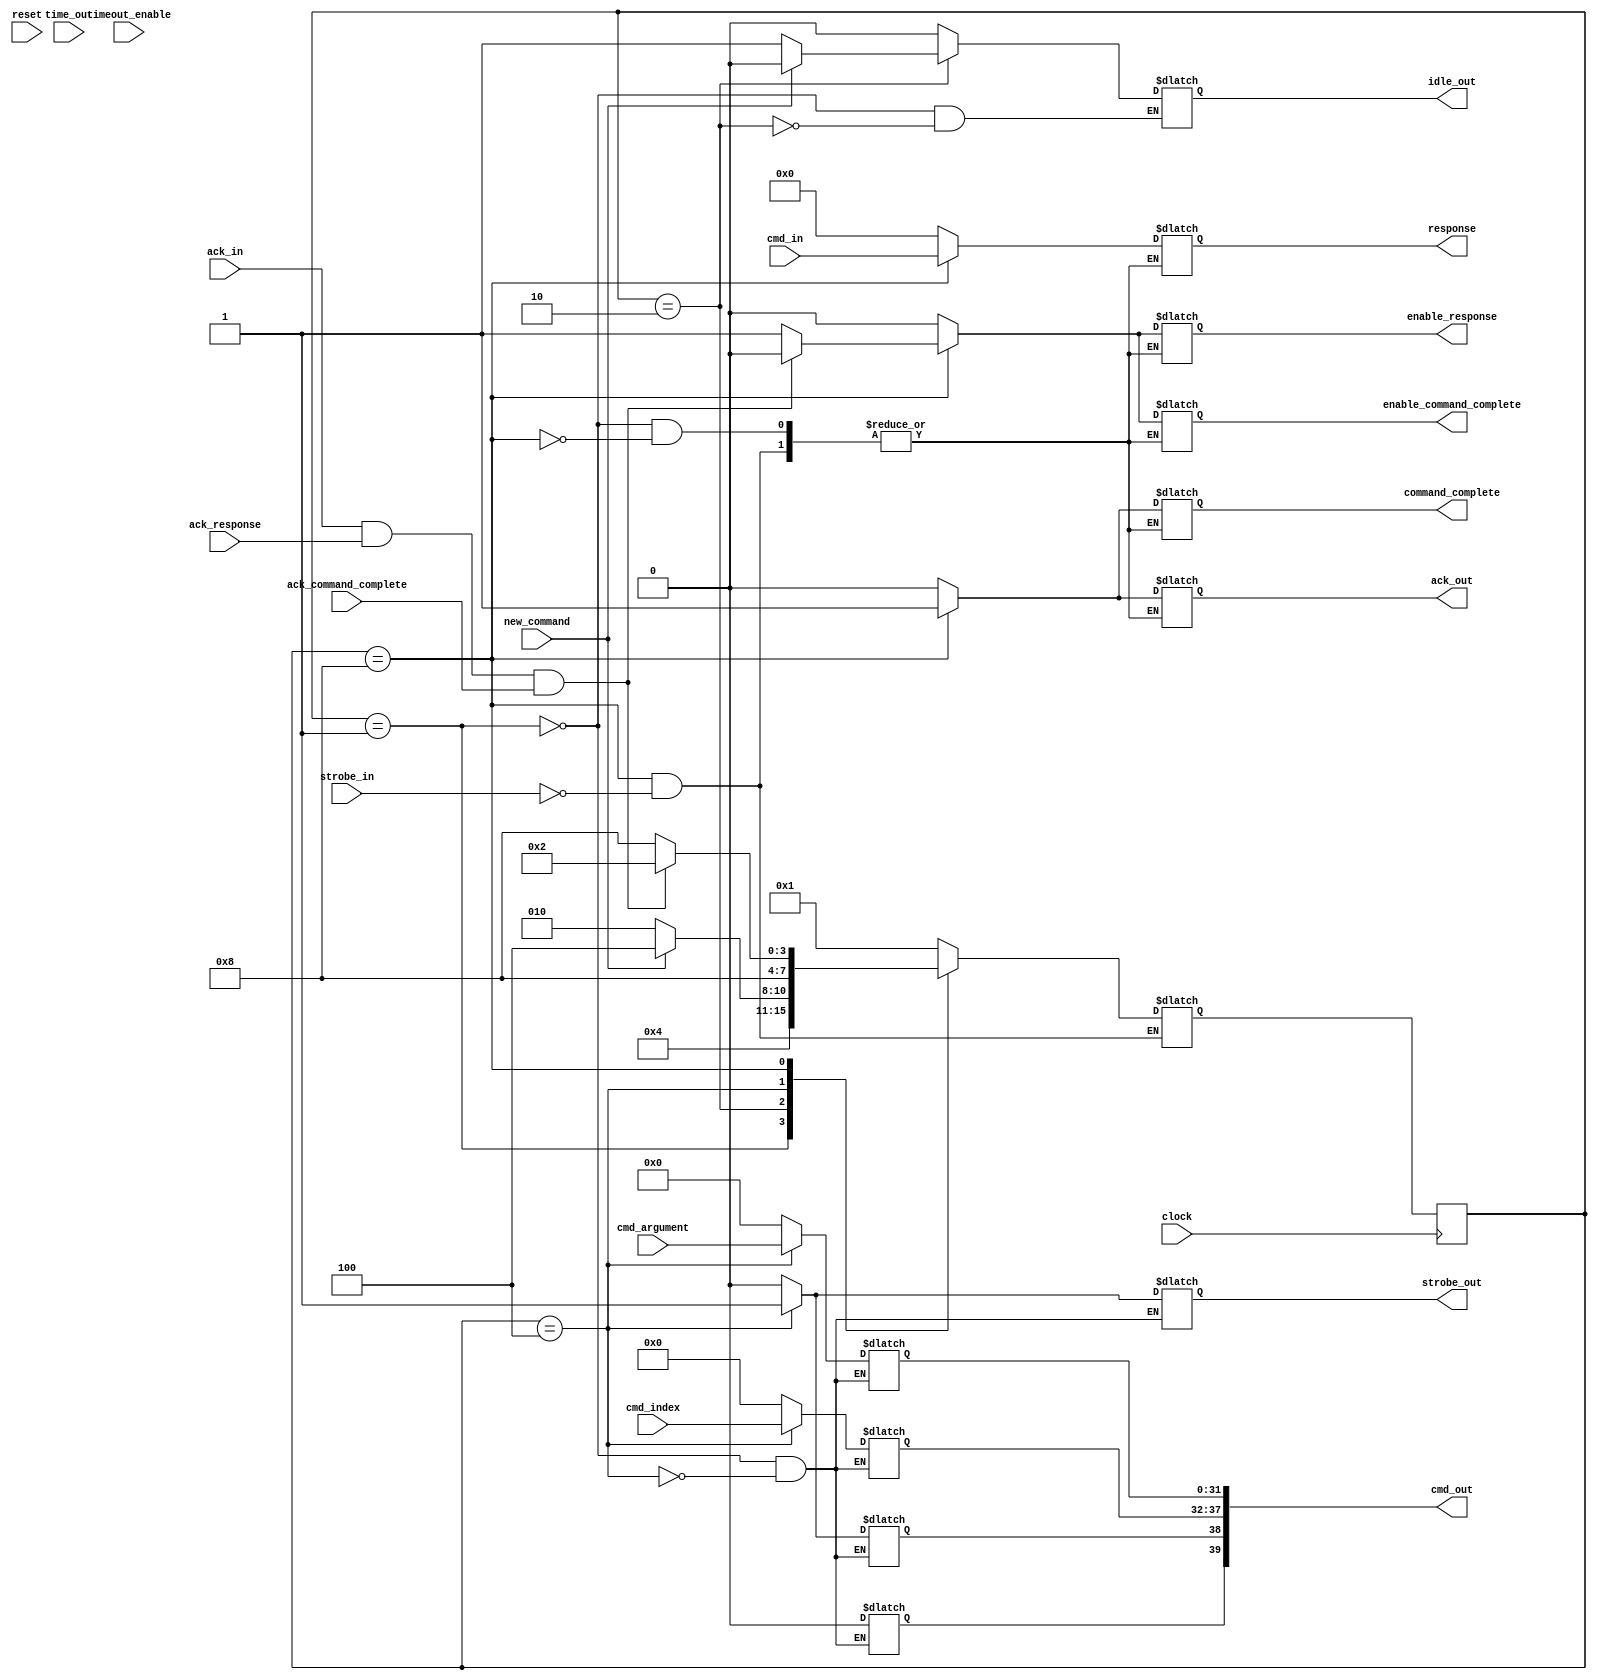
module control_cmd(new_command, clock, reset, cmd_argument, cmd_index, timeout_enable, ack_in, strobe_in, cmd_in, time_out, response, command_complete, strobe_out, ack_out, idle_out, cmd_out, enable_response, ack_response, enable_command_complete, ack_command_complete);

   
   input           new_command;           //Nuevo procreso del CMD   (WB---Reg)
   input           clock;                 //Reloj del dispositivo 
   input           reset;                 //Reinicio
   input [31 : 0]  cmd_argument;          //Argumento del comando  (Reg)
   input [5 : 0]   cmd_index;             //Indice del comando (Reg)
   input 	   timeout_enable;        //Habilitacion del timeout (Reg)
   input 	   ack_in;                 //Sincronizacion (CF)
   input           strobe_in;             //Fin del uso de la capa fisica (CF) 
   input [127 : 0] cmd_in;                //Respuesta recibida (CF)
   input 	   time_out;              //Ocurrencia de un timeout (CF)
   input	   ack_response;	  // Seal de response leida
   input	   ack_command_complete;  // Seal de command_complete leida
   
   output [127 : 0] response;            //Respuesta escrita a los registros (Reg)
   output 	    command_complete;    //Fin del proceso de CMD  (Reg - WB)
   output 	    strobe_out;          //Solicitar el uso a la capa fisica (CF)
   output 	    ack_out;             //Sincronizacion (CF)
   output 	    idle_out;            //Enviar la capa fisica al estado idle (CF)
   output [39 : 0]  cmd_out;             //Parte de la trama por enviar (CF)
   output	    enable_response;	 // habilitar lectura de la seal de response
   output	    enable_command_complete; // habilitar lectura de la seal command_complete

   wire           new_command;         
   wire           clock;              
   wire           reset;                
   wire [31 : 0]  cmd_argument;       
   wire [5 : 0]   cmd_index;         
   wire 	  timeout_enable;            
   wire 	  ack_in;           
   wire           strobe_in;         
   wire [127 : 0] cmd_in;               
   wire 	  time_out;   
   wire		  ack_response;
   wire		  ack_command_complete;           
   
   reg [127 : 0] response;            
   reg 	         command_complete;    
   reg 	         strobe_out;         
   reg 	         ack_out;            
   reg 	         idle_out;            
   reg [39 : 0]  cmd_out; 
   reg		 enable_response;
   reg		 enable_command_complete;

   reg [3:0] state = 4'b0001;       
   reg [3:0] next_state;      
   

   //Declaracion de estados
     parameter reset_state = 4'b0001;
     parameter idle = 4'b0010;
     parameter setting_outputs = 4'b0100;
     parameter processing = 4'b1000;

   always @(posedge clock) begin
   	state <= next_state;
   end   


   always @(*) begin

      case (state)

	reset_state :
	  begin
	     response [127 : 0]  <= 128'h00000000000000000000000000000000;
	     command_complete    <= 0;
	     strobe_out          <= 0;
	     ack_out             <= 0;
	     idle_out            <= 0;
	     cmd_out [39 : 0]    <= 0;
	     enable_response	 <= 0;
	     enable_command_complete <= 0;

	     next_state <= idle;
	     
	  end

	idle :
	  begin
	     if (new_command == 1) begin
		next_state <= setting_outputs;
		idle_out <= 0;
	     end else begin
		next_state <= idle;
		idle_out <= 1;
	     end
	     
	  end

	setting_outputs :
	  begin
	     strobe_out <= 1;
	     
	     cmd_out[39] <= 0;
	     cmd_out[38] <= 1;
	     cmd_out[37:32] <= cmd_index[5:0];
	     cmd_out[31:0] <= cmd_argument[31:0];

	     next_state <= processing;
	     
	  end

	processing :
	  begin
	     if (strobe_in == 1) begin
		enable_command_complete <= 1;			// Se habilita el flip-flop para lectura de command_complete
		command_complete <= 1;				// Se pasa el valor de command_complete

		ack_out <= 1;

		enable_response <= 1;				// Se habilita el flip-flop para lectura de response
	        response[127:0] <= cmd_in[127:0];              	// Se pasa a response el contenido de cmd_in
								
	        if (ack_in == 1 && ack_response == 1 && ack_command_complete == 1) begin					
		   next_state <= idle;
		   enable_response <= 0;			// Se deshabilita la lectura de response
		   enable_command_complete <= 0;		// Se deshabilita la lectura de command_complete
		end else begin
		   next_state <= processing;
		end
	     end // if (strobe_in == 1)	
	   end // case: processing

	default: next_state <= reset_state;

      endcase // case (state)
   end // always @ (posedge clock)
   
      endmodule // control_cmd